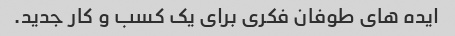
ایده های طوفان فکری برای یک کسب و کار جدید.